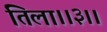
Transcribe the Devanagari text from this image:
तिला।।३।।